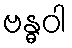
ဗန္ဓဝါ